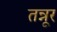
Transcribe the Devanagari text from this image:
तन्नूर